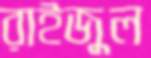
রাইজুল